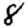
Digit: 8